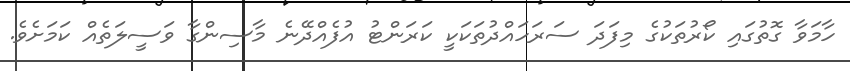
ހާމަވާ ގޮތުގައި ކޯރުތަކުގެ މިފަދަ ސަރަހައްދުތަކަކީ ކަރަންޓު އުފެއްދޭނެ މާސިންގާ ވަސީލަތެއް ކަމަށެވެ.